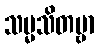
သမ္မသိတဗ္ဗာ